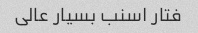
فتار اسنب بسیار عالی